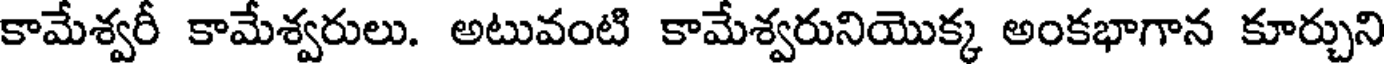
కామేశ్వరీ కామేశ్వరులు. అటువంటి కామేశ్వరునియొక్క అంకభాగాన కూర్చుని